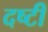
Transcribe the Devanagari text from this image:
दष्टी